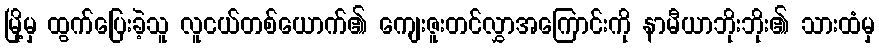
မြို့မှ ထွက်ပြေးခဲ့သူ လူငယ်တစ်ယောက်၏ ကျေးဇူးတင်လွှာအကြောင်းကို နာမီယာဘိုးဘိုး၏ သားထံမှ